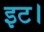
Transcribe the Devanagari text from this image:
इट।